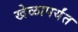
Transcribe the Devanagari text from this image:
खेळापर्यंत